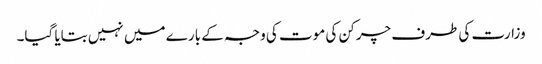
وزارت کی طرف چرکن کی موت کی وجہ کے بارے میں نہیں بتایا گیا۔